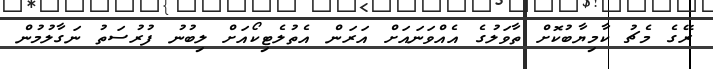
ރޭގެ މެޗު ކާމިޔާބުކޮށް ތާވަލުގެ އެއްވަނައަށް އަރަން އެތުލެޓިކޯއަށް ލިބުނު ފުރުސަތު ނަގާލުމުން